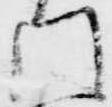
門